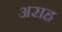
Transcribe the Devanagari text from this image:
अराह